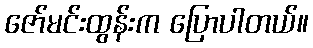
ဇော်မင်းထွန်းက ပြောပါတယ်။